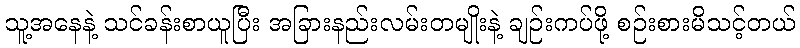
သူ့အနေနဲ့ သင်ခန်းစာယူပြီး အခြားနည်းလမ်းတမျိုးနဲ့ ချဉ်းကပ်ဖို့ စဉ်းစားမိသင့်တယ်